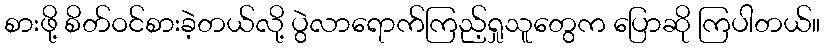
စားဖို့ စိတ်ဝင်စားခဲ့တယ်လို့ ပွဲလာရောက်ကြည့်ရှုသူတွေက ပြောဆို ကြပါတယ်။